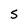
Character: S